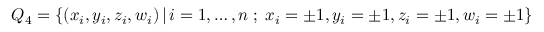
{ Q } _ { 4 } = \{ ( x _ { i } , y _ { i } , z _ { i } , w _ { i } ) \, | \, i = 1 , \ldots , n \; ; \; x _ { i } = \pm 1 , y _ { i } = \pm 1 , z _ { i } = \pm 1 , w _ { i } = \pm 1 \}